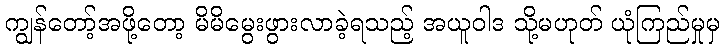
ကျွန်တော့်အဖို့တော့ မိမိမွေးဖွားလာခဲ့ရသည့် အယူဝါဒ သို့မဟုတ် ယုံကြည်မှုမှ